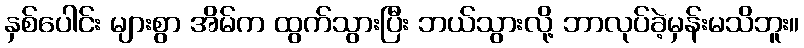
နှစ်ပေါင်း များစွာ အိမ်က ထွက်သွားပြီး ဘယ်သွားလို့ ဘာလုပ်ခဲ့မှန်းမသိဘူး။